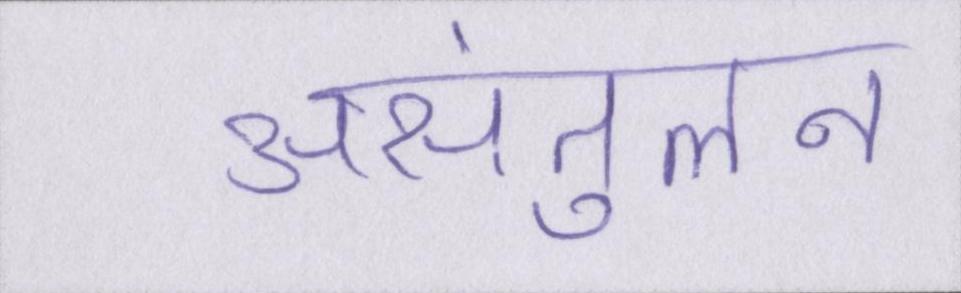
असंतुलन